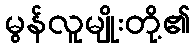
မွန်လူမျိုးတို့၏